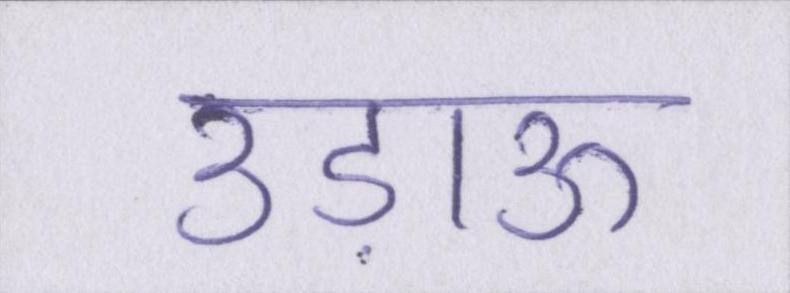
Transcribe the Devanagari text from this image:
उड़ाऊ